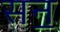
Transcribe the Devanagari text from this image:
सन॒